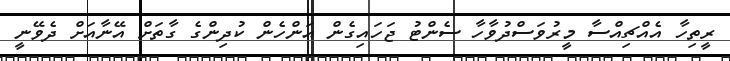
ރީތިހާ އެއްޗިއްސާ މީރުވަސްދުވާހާ ސެންޓު ޖަހައިގެން އަންހެން ކުދިންގެ ގާތަށް އޭނާއަށް ދެވޭނީ